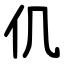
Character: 仉